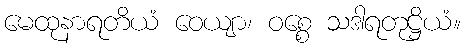
မေထုနာရတိယံ ဝေယျာ၊ ဝစ္စေ သဒါရတုဋ္ဌိယံ။